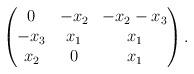
LaTeX: \begin{align*}\begin{pmatrix}0 & -x_2 & -x_2-x_3\\-x_3 & x_1 & x_1\\x_2 & 0 & x_1\end{pmatrix}.\end{align*}